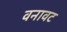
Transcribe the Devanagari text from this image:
वनावट